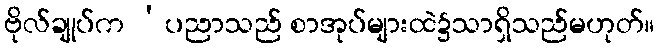
ဗိုလ်ချုပ်က ‘ပညာသည် စာအုပ်များထဲ၌သာရှိသည်မဟုတ်။